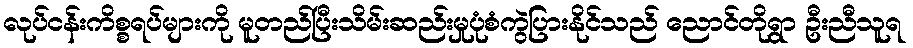
လုပ်ငန်းကိစ္စရပ်များကို မူတည်ပြီးသိမ်းဆည်းမှုပုံစံကွဲပြားနိုင်သည် ညောင်တိုရွာ ဦးညီသူရ